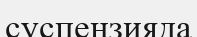
суспензияда